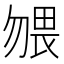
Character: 𱐼